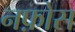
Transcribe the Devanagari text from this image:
नफ़ोस